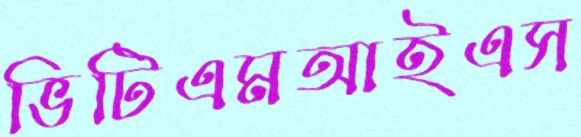
ভিটিএমআইএস